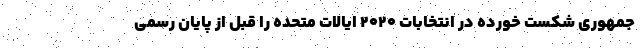
جمهوری شکست خورده در انتخابات ۲۰۲۰ ایالات متحده را قبل از پایان رسمی